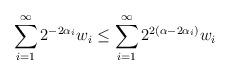
LaTeX: \begin{align*}\sum_{i= 1}^{\infty} 2^{-2\alpha_i}w_i \leq \sum_{i= 1}^{\infty} 2^{2(\alpha- 2\alpha_i)} w_i \end{align*}